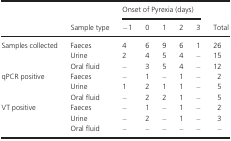
| <ROWSPAN=2>  | <ROWSPAN=2> Sample type | <COLSPAN=5> Onset of Pyrexia (days) | <ROWSPAN=2> Total |
 | −1 | 0 | 1 | 2 | 3 |
 | --- | --- | --- | --- | --- | --- | --- | --- |
 | <ROWSPAN=3> Samples collected | Faeces | 4 | 6 | 9 | 6 | 1 | 26 |
 | Urine | 2 | 4 | 5 | 4 | – | 15 |
 | Oral fluid | – | 3 | 5 | 4 | – | 12 |
 | <ROWSPAN=3> qPCR positive | Faeces | – | 1 | – | 1 | – | 2 |
 | Urine | 1 | 2 | 1 | 1 | – | 5 |
 | Oral fluid | – | 2 | 2 | 1 | – | 5 |
 | <ROWSPAN=3> VT positive | Faeces | – | 1 | – | 1 | – | 2 |
 | Urine | – | 2 | – | 1 | – | 3 |
 | Oral fluid | – | – | – | – | – | – |